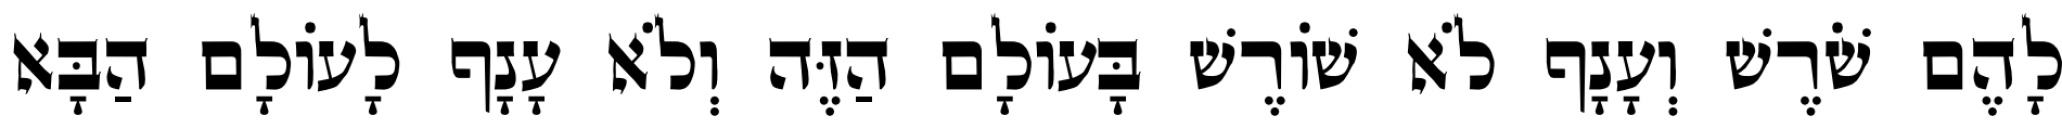
לָהֶם שֹׁרֶשׁ וְעָנָף לֹא שׁוֹרֶשׁ בָּעוֹלָם הַזֶּה וְלֹא עָנָף לָעוֹלָם הַבָּא